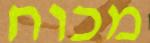
מכוח